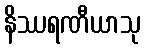
နိဿရဏီယာသု